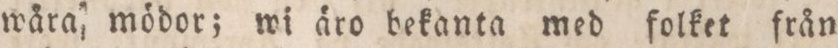
wåra mödor; wi äro bekanta med folket från